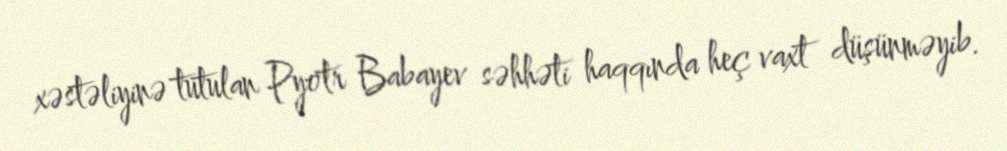
xəstəliyinə tutulan Pyotr Babayev səhhəti haqqında heç vaxt düşünməyib.